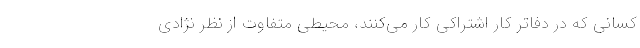
کسانی که در دفاتر کار اشتراکی کار می‌کنند، محیطی متفاوت از نظر نژادی